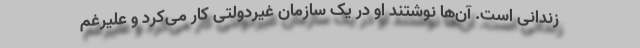
زندانی است. آن‌ها نوشتند او در یک سازمان غیردولتی کار می‌کرد و علیرغم